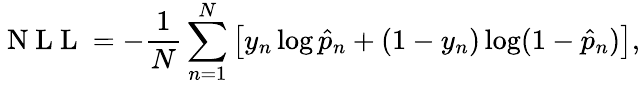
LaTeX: \mathrm{~N~L~L~}=-\frac{1}{N}\sum_{n=1}^{N}\left[y_{n}\log\hat{p}_{n}+(1-y_{n})\log(1-\hat{p}_{n})\right],